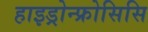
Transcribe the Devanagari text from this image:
हाइड्रोन्फ्रोसिसि